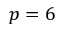
p = 6